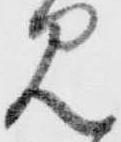
見